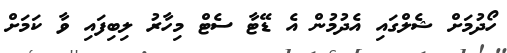
ހޯދުމަށް ޝެލްގައި އެދުމުން އެ ޑޭޓާ ސެޓް މިހާރު ލިބިފައި ވާ ކަމަށް